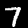
Label: 7